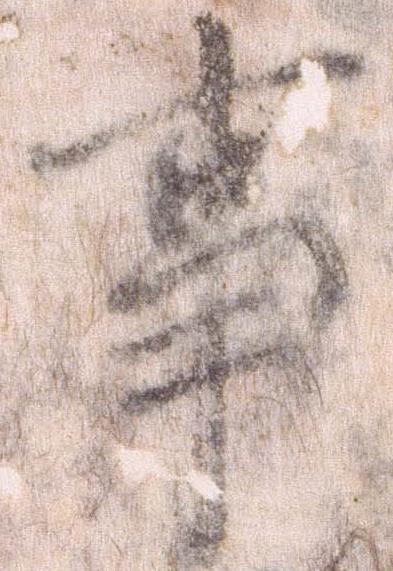
事